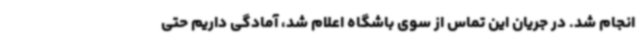
انجام شد. در جریان این تماس از سوی باشگاه اعلام شد، آمادگی داریم حتی